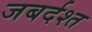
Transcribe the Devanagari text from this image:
जबर्दश्त